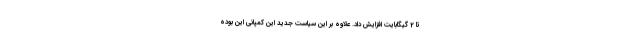
تا 2 گیگابایت افزایش داد. علاوه بر این سیاست جدید این کمپانی این بوده